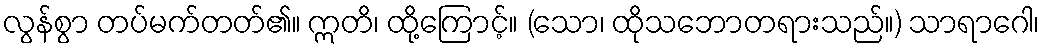
လွန်စွာ တပ်မက်တတ်၏။ ဣတိ၊ ထို့ကြောင့်။ (သော၊ ထိုသဘောတရားသည်။) သာရာဂေါ၊